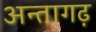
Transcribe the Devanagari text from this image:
अन्तागढ़